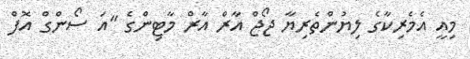
މިއީ އެމެރިކާގެ ލިޔުންތެރިޔާ ޖޯޖް އާރް އާރް މާޓިންގެ "އަ ސޯންގް އޮފް